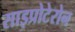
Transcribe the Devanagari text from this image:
साइप्रोटेरोन